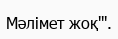
Мәлімет жоқ'''.